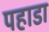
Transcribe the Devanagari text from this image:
पहाडा